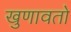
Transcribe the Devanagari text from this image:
खुणावतो